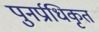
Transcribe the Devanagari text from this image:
पुनर्प्राधिकृत